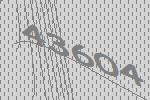
43604